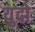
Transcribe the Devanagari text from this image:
युदो